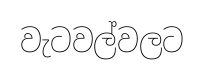
වැටවල්වලට